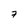
Character: 7